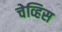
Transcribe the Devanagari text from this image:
चेव्हिस